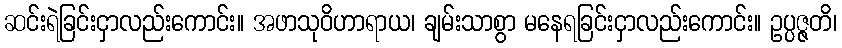
ဆင်းရဲခြင်းငှာလည်းကောင်း။ အဖာသုဝိဟာရာယ၊ ချမ်းသာစွာ မနေရခြင်းငှာလည်းကောင်း။ ဥပ္ပဇ္ဇတိ၊